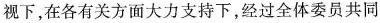
视下，在各有关方面大力支持下，经过全体委员共同